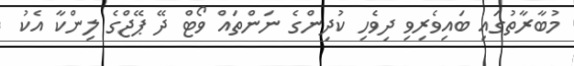
މުބާރާތުގައި ބައިވެރިވި ދިވެހި ކުދިންގެ ނަންތައް ވޯޓް ދޭ ޕޭޖްގެ ލިންކާ އެކު